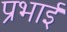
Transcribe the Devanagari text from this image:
प्रभाई